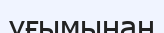
ұғымынан